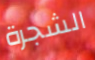
الشجرة